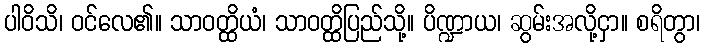
ပါဝိသိ၊ ဝင်လေ၏။ သာဝတ္ထိယံ၊ သာဝတ္ထိပြည်သို့။ ပိဏ္ဍာယ၊ ဆွမ်းအလို့ငှာ။ စရိတွာ၊